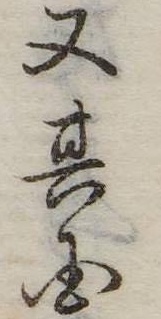
又其国